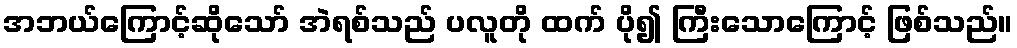
အဘယ်ကြောင့်ဆိုသော် အဲရစ်သည် ပလူတို ထက် ပို၍ ကြီးသောကြောင့် ဖြစ်သည်။